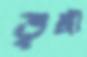
ভৃঙ্গী